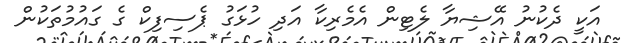
އަކީ ދެކުނު އޭޝިޔާ ލެޓިން އެމެރިކާ އަދި ހުޅަގު ޕެސިފިކް ގެ ގައުމުތަކުން